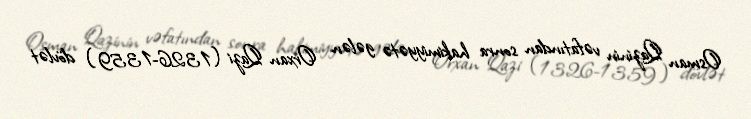
Osman Qazinin vəfatından sonra hakimiyyətə gələn Orxan Qazi (1326-1359) dövlət